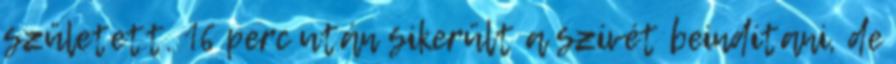
született. 16 perc után sikerült a szívét beindítani, de